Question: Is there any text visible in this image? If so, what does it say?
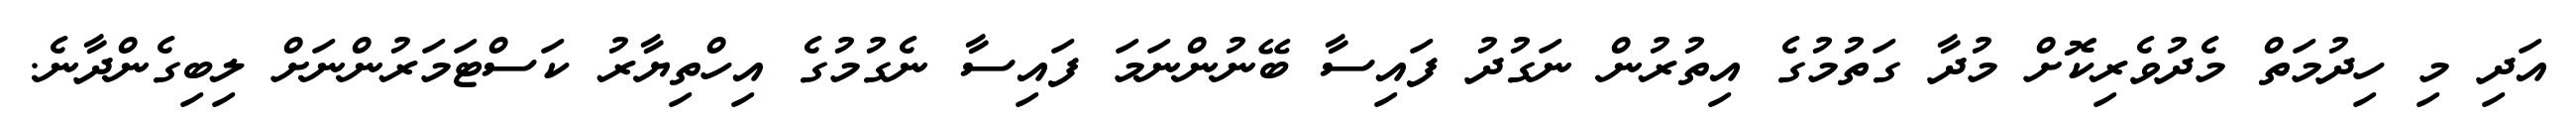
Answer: އަދި މި ހިދުމަތް މެދުވެރިކޮށް މުދާ ގަތުމުގެ އިތުރުން ނަގުދު ފައިސާ ބޭނުންނަމަ ފައިސާ ނެގުމުގެ އިހްތިޔާރު ކަސްޓަމަރުންނަށް ލިބިގެންދާނެ.